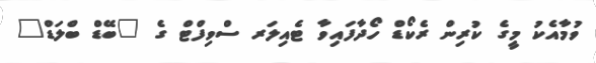
ވުމާއެކު މީގެ ކުރިން ރެކޯޑް ހޯދާފައިވާ ޓެއިލަރ ސްވިފްޓް ގެ "ބޭޑް ބްލަޑް"